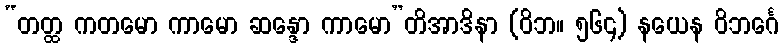
“တတ္ထ ကတမော ကာမော ဆန္ဒော ကာမော”တိအာဒိနာ (ဝိဘ။ ၅၆၄) နယေန ဝိဘင်္ဂေ